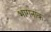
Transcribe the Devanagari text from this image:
भागनाक